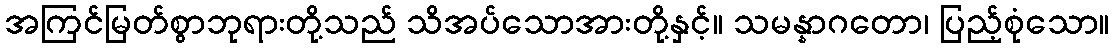
အကြင်မြတ်စွာဘုရားတို့သည် သိအပ်သောအားတို့နှင့်။ သမန္နာဂတော၊ ပြည့်စုံသော။